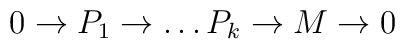
0\to P_1\to\dots P_k \to M\to 0